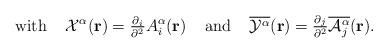
LaTeX: \begin{align*}\mbox{with}\;\;\;\;{\cal{X}}^\alpha({\bf{r}}) ={\textstyle\frac{\partial_i}{\partial^2}}A_i^\alpha({\bf{r}})\;\;\;\;\mbox{and}\;\;\;\;\overline{{\cal Y}^{\alpha}}({\bf r})={\textstyle \frac{\partial_{j}}{\partial^{2}}\overline{{\cal A}_{j}^{\alpha}}({\bf r})}.\end{align*}